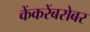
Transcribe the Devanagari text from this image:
केंकरेंबरोबर